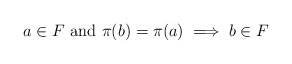
\begin{align*}a \in F \textup{ and } \pi(b) = \pi(a) \implies b \in F\end{align*}